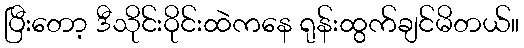
ပြီးတော့ ဒီသိုင်းဝိုင်းထဲကနေ ရုန်းထွက်ချင်မိတယ်။